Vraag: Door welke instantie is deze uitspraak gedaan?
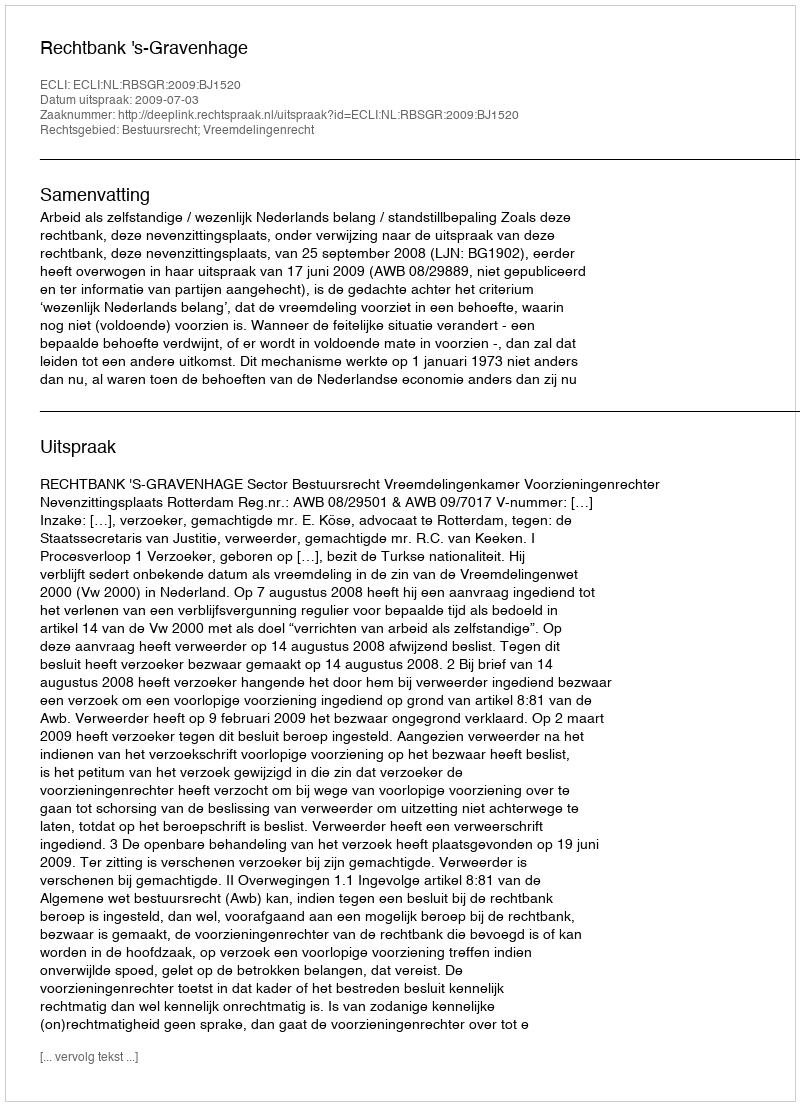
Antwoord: Rechtbank 's-Gravenhage